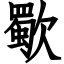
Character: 歜